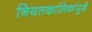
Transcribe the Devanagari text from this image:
नियतकालिकांमुळे